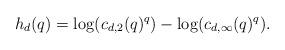
LaTeX: \begin{align*}h_d(q) = \log(c_{d,2}(q)^q)-\log(c_{d,\infty}(q)^q).\end{align*}